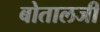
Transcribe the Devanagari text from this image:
बोतालजी